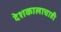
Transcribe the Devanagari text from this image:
देशकालाचाही